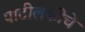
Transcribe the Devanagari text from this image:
पाटीलकीचे